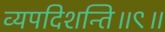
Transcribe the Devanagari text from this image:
व्यपदिशन्ति॥९॥